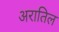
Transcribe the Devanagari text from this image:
अरातिल